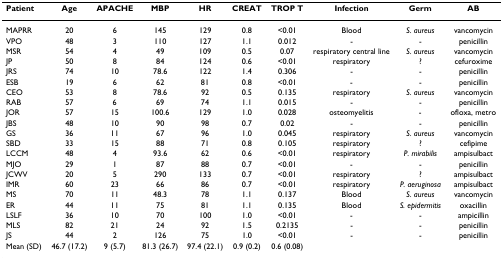
<table><thead><tr><td><b>Patient</b></td><td><b>Age</b></td><td><b>APACHE</b></td><td><b>MBP</b></td><td><b>HR</b></td><td><b>CREAT</b></td><td><b>TROP T</b></td><td><b>Infection</b></td><td><b>Germ</b></td><td><b>AB</b></td></tr></thead><tbody><tr><td>MAPRR</td><td>20</td><td>6</td><td>145</td><td>129</td><td>0.8</td><td>&lt;0.01</td><td>Blood</td><td><i>S. aureus</i></td><td>vancomycin</td></tr><tr><td>VPO</td><td>48</td><td>3</td><td>110</td><td>127</td><td>1.1</td><td>0.012</td><td>-</td><td>-</td><td>penicillin</td></tr><tr><td>MSR</td><td>54</td><td>4</td><td>49</td><td>109</td><td>0.5</td><td>0.07</td><td>respiratory central line</td><td><i>S. aureus</i></td><td>vancomycin</td></tr><tr><td>JP</td><td>50</td><td>8</td><td>84</td><td>124</td><td>0.6</td><td>&lt;0.01</td><td>respiratory</td><td>?</td><td>cefuroxime</td></tr><tr><td>JRS</td><td>74</td><td>10</td><td>78.6</td><td>122</td><td>1.4</td><td>0.306</td><td>-</td><td>-</td><td>penicillin</td></tr><tr><td>ESB</td><td>19</td><td>6</td><td>62</td><td>81</td><td>0.8</td><td>&lt;0.01</td><td>-</td><td>-</td><td>penicillin</td></tr><tr><td>CEO</td><td>53</td><td>8</td><td>78.6</td><td>92</td><td>0.5</td><td>0.135</td><td>respiratory</td><td><i>S. aureus</i></td><td>vancomycin</td></tr><tr><td>RAB</td><td>57</td><td>6</td><td>69</td><td>74</td><td>1.1</td><td>0.015</td><td>-</td><td>-</td><td>penicillin</td></tr><tr><td>JOR</td><td>57</td><td>15</td><td>100.6</td><td>129</td><td>1.0</td><td>0.028</td><td>osteomyelitis</td><td>-</td><td>ofloxa, metro</td></tr><tr><td>JBS</td><td>48</td><td>10</td><td>90</td><td>98</td><td>0.7</td><td>0.02</td><td>-</td><td>-</td><td>penicillin</td></tr><tr><td>GS</td><td>36</td><td>11</td><td>67</td><td>96</td><td>1.0</td><td>0.045</td><td>respiratory</td><td><i>S. aureus</i></td><td>vancomycin</td></tr><tr><td>SBD</td><td>33</td><td>15</td><td>88</td><td>71</td><td>0.8</td><td>0.105</td><td>respiratory</td><td>?</td><td>cefipime</td></tr><tr><td>LCCM</td><td>48</td><td>4</td><td>93.6</td><td>62</td><td>0.6</td><td>&lt;0.01</td><td>respiratory</td><td><i>P. mirabilis</i></td><td>ampisulbact</td></tr><tr><td>MJO</td><td>29</td><td>1</td><td>87</td><td>88</td><td>0.7</td><td>&lt;0.01</td><td>-</td><td>-</td><td>penicillin</td></tr><tr><td>JCWV</td><td>20</td><td>5</td><td>290</td><td>133</td><td>0.7</td><td>&lt;0.01</td><td>respiratory</td><td>?</td><td>ampisulbact</td></tr><tr><td>IMR</td><td>60</td><td>23</td><td>66</td><td>86</td><td>0.7</td><td>&lt;0.01</td><td>respiratory</td><td><i>P. aeruginosa</i></td><td>ampisulbact</td></tr><tr><td>MS</td><td>70</td><td>11</td><td>48.3</td><td>78</td><td>1.1</td><td>0.137</td><td>Blood</td><td><i>S. aureus</i></td><td>vancomycin</td></tr><tr><td>ER</td><td>44</td><td>11</td><td>75</td><td>81</td><td>1.1</td><td>0.135</td><td>Blood</td><td><i>S. epidermitis</i></td><td>oxacillin</td></tr><tr><td>LSLF</td><td>36</td><td>10</td><td>70</td><td>100</td><td>1.0</td><td>&lt;0.01</td><td>-</td><td>-</td><td>ampicillin</td></tr><tr><td>MLS</td><td>82</td><td>21</td><td>24</td><td>92</td><td>1.5</td><td>0.2135</td><td>-</td><td>-</td><td>penicillin</td></tr><tr><td>JS</td><td>44</td><td>2</td><td>126</td><td>75</td><td>1.0</td><td>&lt;0.01</td><td>-</td><td>-</td><td>penicillin</td></tr><tr><td>Mean (SD)</td><td>46.7 (17.2)</td><td>9 (5.7)</td><td>81.3 (26.7)</td><td>97.4 (22.1)</td><td>0.9 (0.2)</td><td>0.6 (0.08)</td><td></td><td></td><td></td></tr></tbody></table>